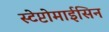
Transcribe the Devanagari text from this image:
स्टेप्टोमाईसिन